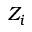
Z _ { i }